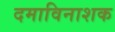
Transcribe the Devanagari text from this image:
दमाविनाशक